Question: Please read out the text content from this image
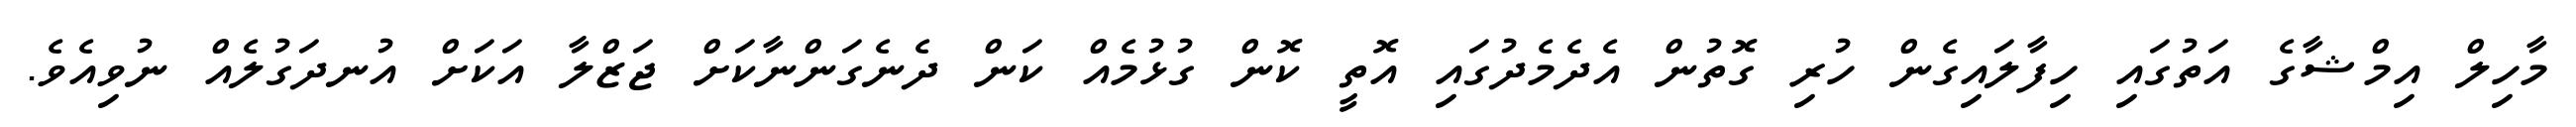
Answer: މާހިލް އިމްޝާގެ އަތުގައި ހިފާލައިގެން ހުރި ގޮތުން އެދެމެދުގައި އޮތީ ކޮން ގުޅުމެއް ކަން ދެނެގަންނާކަށް ޖަޒްލާ އަކަށް އުނދަގުލެއް ނުވިއެވެ.